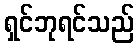
ရှင်ဘုရင်သည်